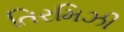
તિરમિઝી